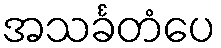
အသင်္ခတံပေ